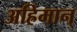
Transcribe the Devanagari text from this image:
अह्रिमान्